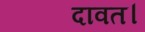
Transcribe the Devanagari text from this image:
दावत।